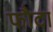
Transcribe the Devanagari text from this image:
फौटा